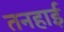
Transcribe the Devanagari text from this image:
तनहाई